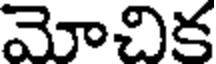
మోచిక